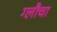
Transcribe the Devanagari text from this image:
ग्लौचा